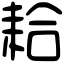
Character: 耠